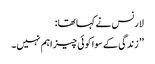
لارنس نے کہا تھا:
’’ زندگی کے سوا کوئی چیز اہم نہیں۔